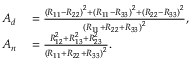
\begin{array} { r l } { A _ { d } } & { { } = \frac { \left( R _ { 1 1 } - R _ { 2 2 } \right) ^ { 2 } + \left( R _ { 1 1 } - R _ { 3 3 } \right) ^ { 2 } + \left( R _ { 2 2 } - R _ { 3 3 } \right) ^ { 2 } } { \left( R _ { 1 1 } + R _ { 2 2 } + R _ { 3 3 } \right) ^ { 2 } } , } \\ { A _ { n } } & { { } = \frac { R _ { 1 2 } ^ { 2 } + R _ { 1 3 } ^ { 2 } + R _ { 2 3 } ^ { 2 } } { \left( R _ { 1 1 } + R _ { 2 2 } + R _ { 3 3 } \right) ^ { 2 } } . } \end{array}